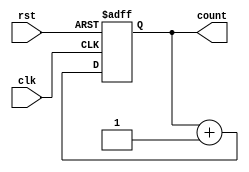
`timescale 1ns / 1ps
//////////////////////////////////////////////////////////////////////////////////
// Company: 
// Engineer: 
// 
// Design Name: 
// Module Name: counter
// Project Name: 
// Target Devices: 
// Tool Versions: 
// Description: 
// 
// Dependencies: 
// 
// Revision:
// Revision 0.01 - File Created
// Additional Comments:
// 
//////////////////////////////////////////////////////////////////////////////////


module counter(
input clk,
output reg [3:0]count,
input rst
    );
 always @ (posedge clk or posedge rst) 
 if(rst)
 count = 4'b0000;
 else
 count <= count + 1;
endmodule